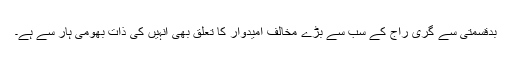
بدقسمتی سے گری راج کے سب سے بڑے مخالف امیدوار کا تعلق بھی انہیں کی ذات بھومی ہار سے ہے۔